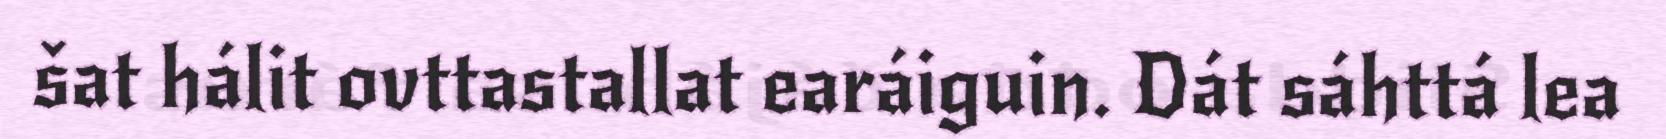
šat hálit ovttastallat earáiguin. Dát sáhttá lea